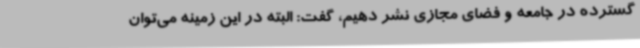
گسترده در جامعه و فضای مجازی نشر دهیم، گفت: البته در این زمینه می‌توان